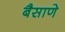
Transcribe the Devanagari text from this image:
बैसाणे